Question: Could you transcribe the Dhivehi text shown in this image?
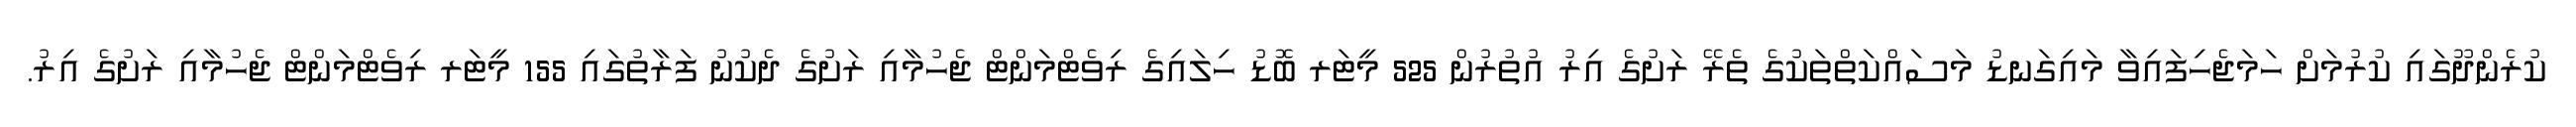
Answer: ކުރެންދޫގައި ކުރުމަށް ހަމަޖެހިފައިވާ މައިގަނޑު މަސައްކަތްތަކުގެ ތެރޭ ރަށުގެ އިރު އުތުރުން 525 މީޓަރ ބޮޑު ހިލައިގެ ރިވެޓްމަންޓް ޖެހުމާއި ރަށުގެ ދެކުނު ފަރާތުގައި 155 މީޓަރ ރިވެޓްމަންޓް ޖެހުމާއި ރަށުގެ އިރު.